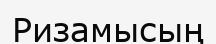
Ризамысың